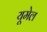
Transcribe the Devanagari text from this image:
यूमेल